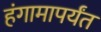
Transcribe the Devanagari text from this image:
हंगामापर्यंत